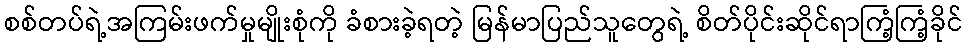
စစ်တပ်ရဲ့အကြမ်းဖက်မှုမျိုးစုံကို ခံစားခဲ့ရတဲ့ မြန်မာပြည်သူတွေရဲ့ စိတ်ပိုင်းဆိုင်ရာကြံ့ကြံ့ခိုင်